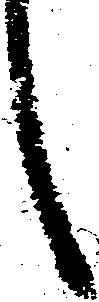
言